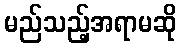
မည်သည့်အရာမဆို